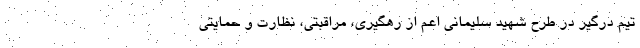
تیم‌ درگیر در طرح شهید سلیمانی اعم از رهگیری، مراقبتی، نظارت و حمایتی